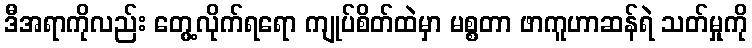
ဒီအရာကိုလည်း တွေ့လိုက်ရရော ကျုပ်စိတ်ထဲမှာ မစ္စတာ ဖာကူဟာဆန်ရဲ သတ်မှုကို